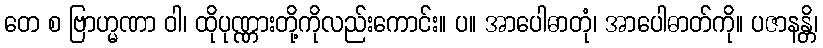
တေ စ ဗြာဟ္မဏာ ဝါ၊ ထိုပုဏ္ဏားတို့ကိုလည်းကောင်း။ ပ။ အာပေါဓာတုံ၊ အာပေါဓာတ်ကို။ ပဇာနန္တိ၊